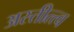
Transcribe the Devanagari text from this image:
अस्तीत्त्व